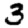
Digit: 3